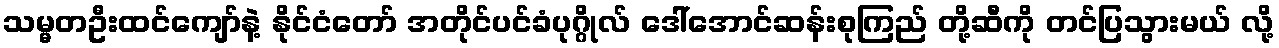
သမ္မတဦးထင်ကျော်နဲ့ နိုင်ငံတော် အတိုင်ပင်ခံပုဂ္ဂိုလ် ဒေါ်အောင်ဆန်းစုကြည် တို့ဆီကို တင်ပြသွားမယ် လို့